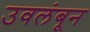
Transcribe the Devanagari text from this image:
उवलंबून